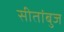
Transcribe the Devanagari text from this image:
सीतांबुज